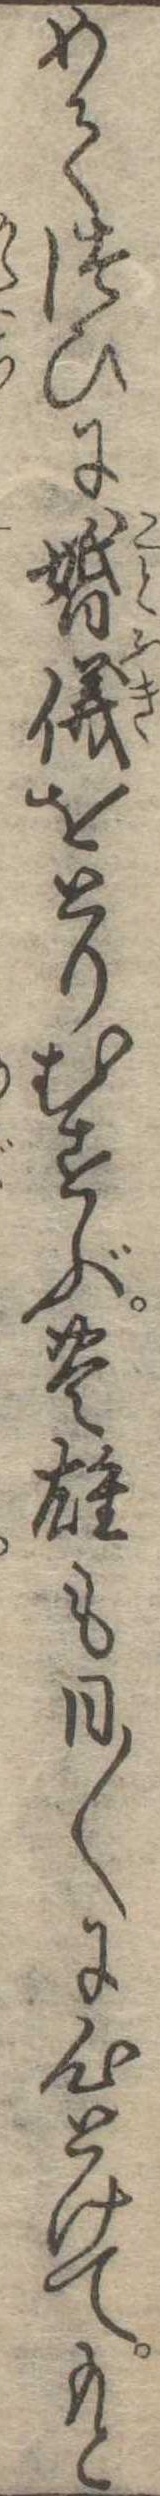
めてつひに婚儀をとりむすぶ豊雄も日〱に心とけてもと